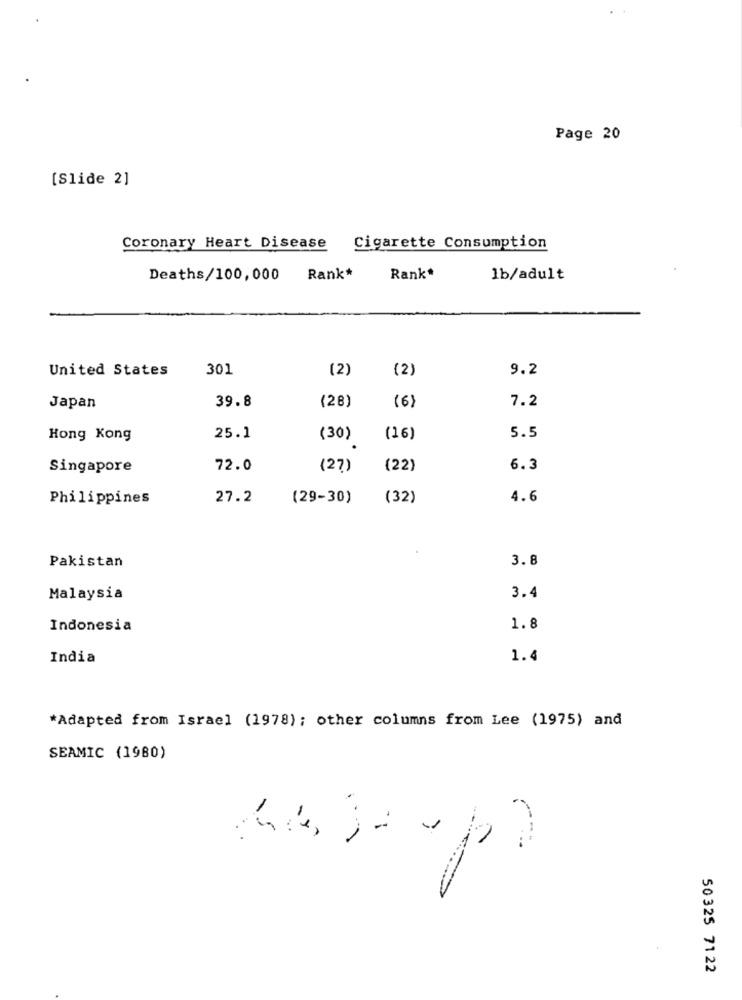
Page 20
[Slide 2]
Coronary Heart Disease
Cigarette Consumption
Deaths/100,000
Rank*
Rank*
1b/adult
United States
301
(2)
(2)
9.2
39.8
7.2
Japan
(28)
(6)
Hong Kong
25.1
(30)
(16)
5.5
Singapore
72.0
(27)
(22)
6.3
Philippines
27.2
(29-30)
(32)
4.6
Pakistan
3.8
3.4
Malaysia
Indonesia
1.8
India
1.4
*Adapted from Israel (1978) ; other columns from Lee (1975) and
SEAMIC (1980)
-
50325 71 22